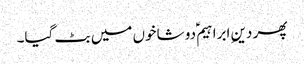
پھر دینِ ابراہیم ؑدو شاخوں میں بٹ گیا۔